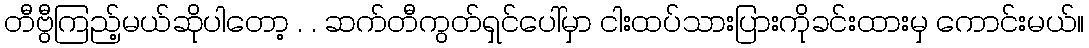
တီဗွီကြည့်မယ်ဆိုပါတော့ . . ဆက်တီကွတ်ရှင်ပေါ်မှာ ငါးထပ်သားပြားကိုခင်းထားမှ ကောင်းမယ်။